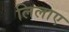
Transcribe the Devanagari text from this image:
लिलाए